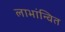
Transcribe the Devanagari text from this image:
लाभांन्वित